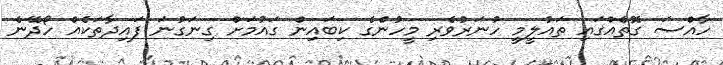
ހާއްސަ ގޮތެއްގައި ތައުލީމީ ހުނަރުވެރި މީހުންގެ ކިބައިން ގައުމަށް ގިނަގުނަ ފައިދާތަކެއް ހޯދޭނެ